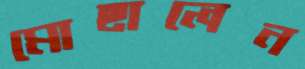
মোছালেন